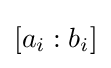
[a_{i}:b_{i}]